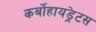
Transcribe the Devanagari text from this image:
कर्बोहायड्रेटस